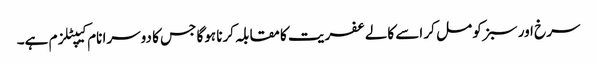
سرخ اور سبز کو مل کر اسے کالے عفریت کا مقابلہ کرنا ہوگا جس کا دوسرا نام کیپٹلزم ہے۔